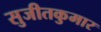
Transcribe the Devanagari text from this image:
सुजीतकुमार